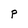
Character: p